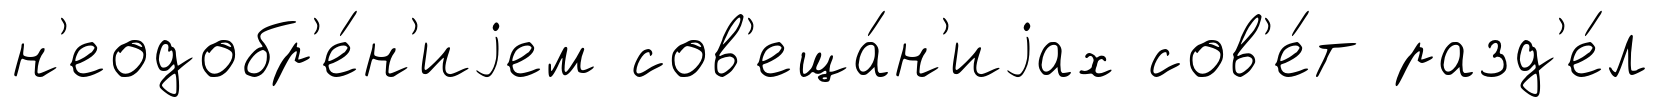
н'еодобр'е́н'иjем сов'еща́н'иjах сов'е́т разд'е́л